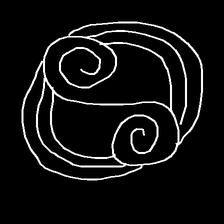
Glyph: wind-underfoot